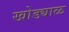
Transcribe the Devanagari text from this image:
खोड्याळ